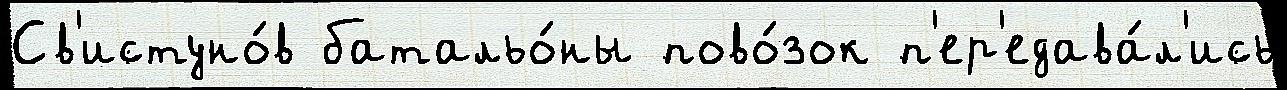
Св'истуно́в батальо́ны пово́зок п'ер'едава́л'ись